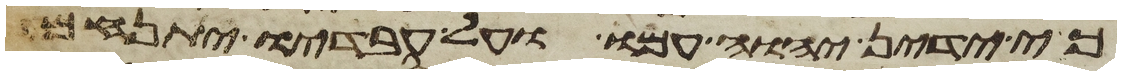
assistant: כי ידין יהוה עמו ועל עבדיו יתנחם